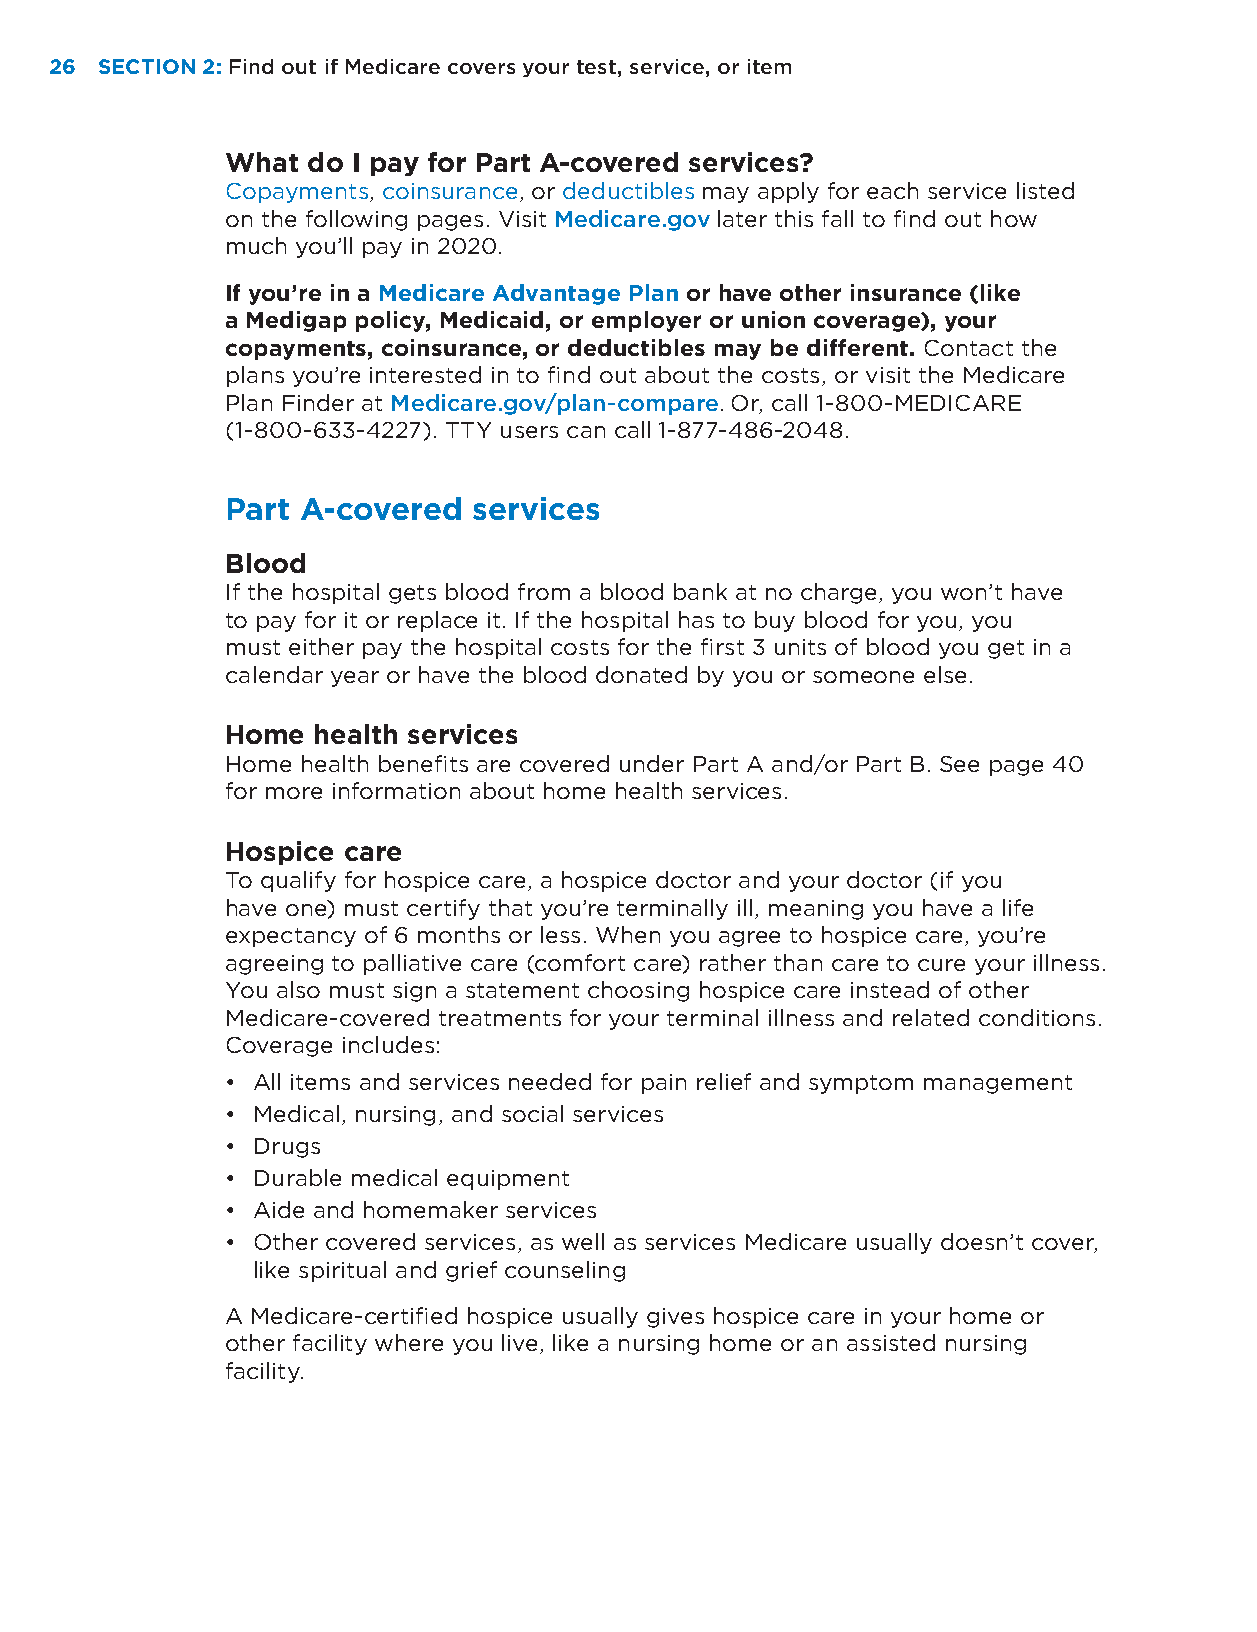
26 SECTION 2: Find out if Medicare covers your test, service, or item
 What do I pay for Part A-covered services?
 Copayments, coinsurance, or deductibles may apply for each service listed
 on the following pages. Visit Medicare.gov later this fall to find out how
 much you’ll pay in 2020.
 If you’re in a Medicare Advantage Plan or have other insurance (like
 a Medigap policy, Medicaid, or employer or union coverage), your
 copayments, coinsurance, or deductibles may be different. Contact the
 plans you’re interested in to find out about the costs, or visit the Medicare
 Plan Finder at Medicare.gov/plan-compare. Or, call 1-800-MEDICARE
 (1-800-633-4227). TTY users can call 1-877-486-2048.
 Part A-covered  services
 Blood
 If the hospital gets blood from a blood bank at no charge, you won’t have
 to pay for it or replace it. If the hospital has to buy blood for you, you
 must either pay the hospital costs for the first 3 units of blood you get in a
 calendar year or have the blood donated by you or someone else.
 Home  health services
 Home health benefits are covered under Part A and/or Part B. See page 40
 for more information about home health services.
 Hospice care
 To qualify for hospice care, a hospice doctor and your doctor (if you
 have one) must certify that you’re terminally ill, meaning you have a life
 expectancy of 6 months or less. When you agree to hospice care, you’re
 agreeing to palliative care (comfort care) rather than care to cure your illness.
 You also must sign a statement choosing hospice care instead of other
 Medicare-covered treatments for your terminal illness and related conditions.
 Coverage includes:
 • All items and services needed for pain relief and symptom management
 • Medical, nursing, and social services
 • Drugs
 • Durable medical equipment
 • Aide and homemaker services
 • Other covered services, as well as services Medicare usually doesn’t cover,
 like spiritual and grief counseling
 A Medicare-certified hospice usually gives hospice care in your home or
 other facility where you live, like a nursing home or an assisted nursing
 facility.